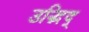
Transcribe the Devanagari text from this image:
उद्भिद्